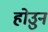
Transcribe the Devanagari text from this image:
होउुन